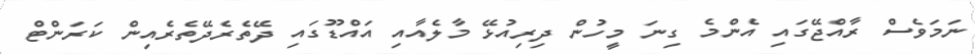
ނަމަވެސް ރާއްޖޭގައި އެންމެ ގިނަ މީހުން ދިރިއުޅޭ މާލެއާއި އައްޑޫގައި ދޭތެރެދޭތެރެއިން ކަރަންޓް